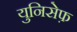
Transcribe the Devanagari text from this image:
युनिसेफ़